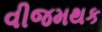
વીજમથક